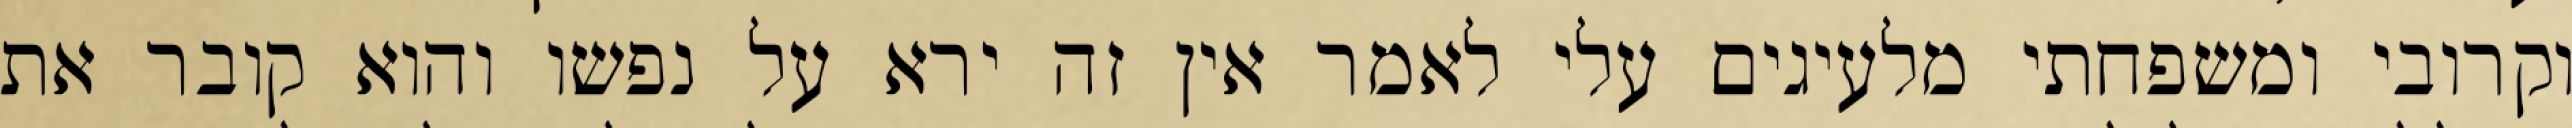
וקרובי ומשפחתי מלעיגים עלי לאמר אין זה ירא על נפשו והוא קובר את